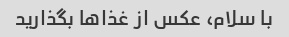
با سلام، عکس از غذاها بگذارید